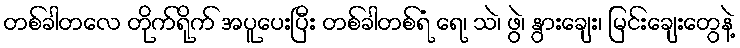
တစ်ခါတလေ တိုက်ရိုက် အပူပေးပြီး တစ်ခါတစ်ရံ ရေ၊ သဲ၊ ဖွဲ၊ နွားချေး၊ မြင်းချေးတွေနဲ့